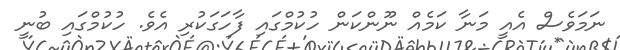
ނަމަވެސް އެއީ މަނާ ކަމެއް ނޫންކަން ހުކުމްގައި ފާހަގަކުރި އެވެ. ހުކުމްގައި ބުނީ